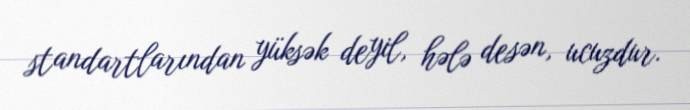
standartlarından yüksək deyil, hələ desən, ucuzdur.